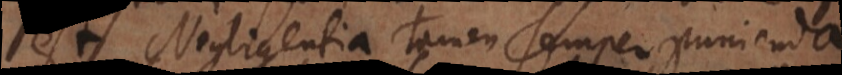
est. Negligentia tamen semper punienda